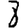
Digit: 8